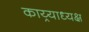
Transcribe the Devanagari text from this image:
काय्र्याध्यक्ष